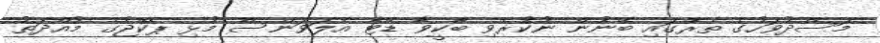
މަސްދުވަހުގެ ތެރޭގައި ބޭނުން ނުކުރެވި ބާކީވާ ޑޭޓާ އެލަވަންސް މުޅި ޕެކޭޖުގެ މުއްދަތު